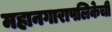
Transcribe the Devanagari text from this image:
महानगारापलिकेची